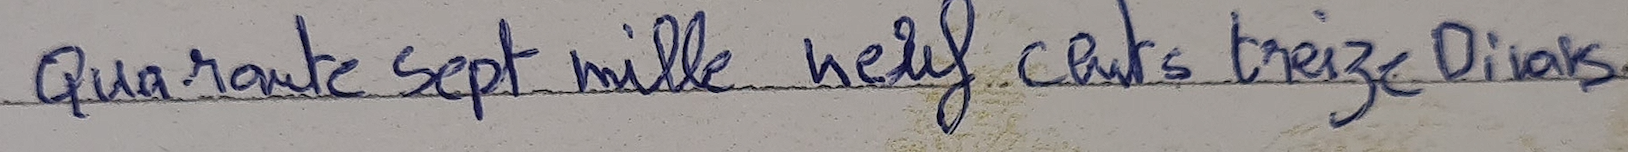
Quarante Sept mille neuf cents treize Dinars